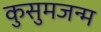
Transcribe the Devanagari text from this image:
कुसुमजन्म